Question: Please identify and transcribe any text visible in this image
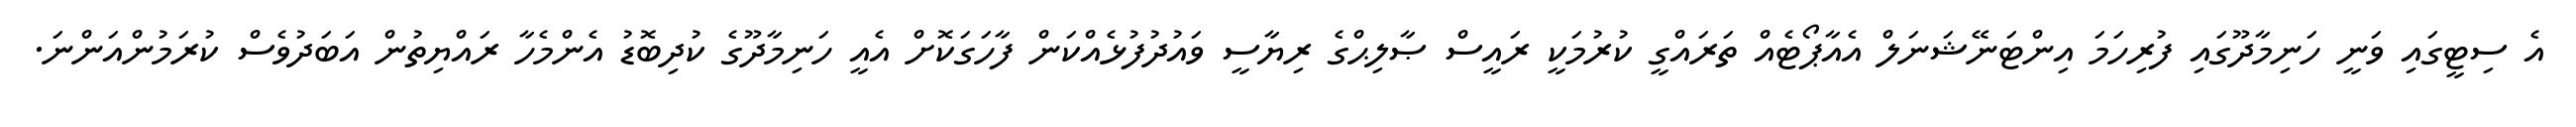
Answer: އެ ސިޓީގައި ވަނީ ހަނިމާދޫގައި ފުރިހަމަ އިންޓަނޭޝަނަލް އެއާޕޯޓެއް ތަރައްގީ ކުރުމަކީ ރައީސް ޞާލިޙްގެ ރިޔާސީ ވައުދުފުޅެއްކަން ފާހަގަކޮށް އެއީ ހަނިމާދޫގެ ކުދިބޮޑު އެންމެހާ ރައްޔިތުން އަބަދުވެސް ކުރަމުންއަންނަ.